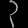
Digit: ၃